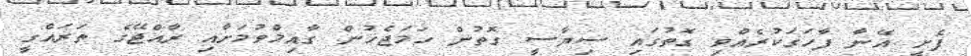
ފެށީ އޭނާ ފާހަގަކުރެއްވި ގޮތުގައި ސިޔާސީ ގޮތުން ހަމަޖެހުން ގާއިމްވުމަށާއި ރާއްޖޭގެ ތަރައްގީ